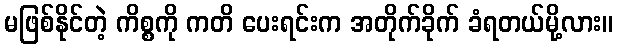
မဖြစ်နိုင်တဲ့ ကိစ္စကို ကတိ ပေးရင်းက အတိုက်ခိုက် ခံရတယ်မို့လား။